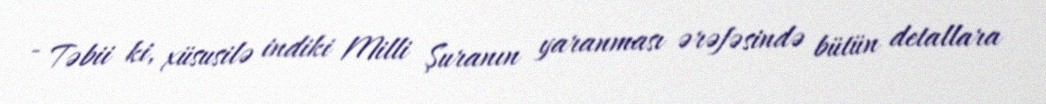
- Təbii ki, xüsusilə indiki Milli Şuranın yaranması ərəfəsində bütün detallara